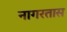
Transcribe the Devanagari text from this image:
नागरतास